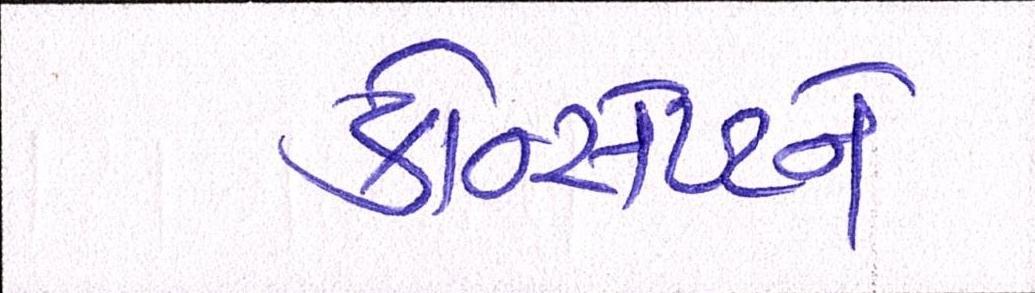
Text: કોન્સેપ્ટને